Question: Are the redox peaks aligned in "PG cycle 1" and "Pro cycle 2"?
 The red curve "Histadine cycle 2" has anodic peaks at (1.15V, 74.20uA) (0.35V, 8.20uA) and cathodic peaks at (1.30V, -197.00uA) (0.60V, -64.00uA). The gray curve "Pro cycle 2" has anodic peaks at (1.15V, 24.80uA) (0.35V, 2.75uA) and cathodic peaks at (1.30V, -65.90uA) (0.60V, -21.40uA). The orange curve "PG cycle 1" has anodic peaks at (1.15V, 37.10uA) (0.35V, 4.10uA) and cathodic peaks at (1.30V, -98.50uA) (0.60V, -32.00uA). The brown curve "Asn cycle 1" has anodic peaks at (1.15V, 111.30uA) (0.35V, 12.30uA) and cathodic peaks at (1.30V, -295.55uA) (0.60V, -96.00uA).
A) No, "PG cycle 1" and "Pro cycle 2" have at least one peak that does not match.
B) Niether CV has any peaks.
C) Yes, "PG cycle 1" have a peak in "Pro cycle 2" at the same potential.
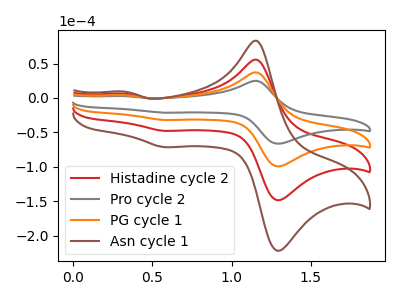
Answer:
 <answer>C) Yes, "PG cycle 1" have a peak in "Pro cycle 2" at the same potential.</answer>
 <eval>C</eval>